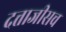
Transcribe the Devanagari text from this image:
दत्ताजीसच